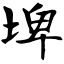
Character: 埤